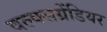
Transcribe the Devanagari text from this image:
वल्क्सग्रेंडियर